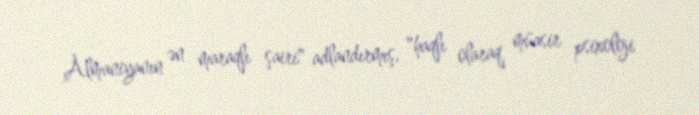
Almaniyanın ən maraqlı şairi" adlandırmış, "haqlı olaraq müasir psixoloji